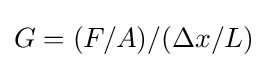
G=(F/A)/(\Delta x/L)